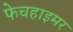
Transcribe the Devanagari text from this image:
फेचहाइमर